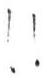
!!